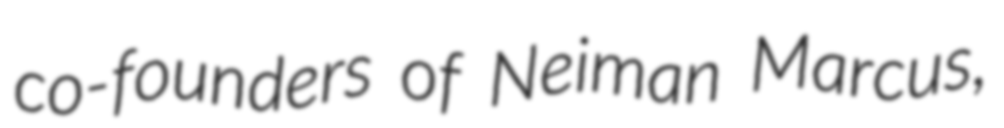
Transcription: co-founders of Neiman Marcus,